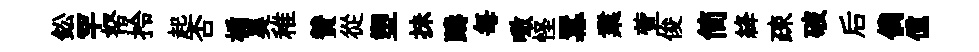
鈆罕帑拎起否楯昊稚賛從塑抺躊每噉怪羃業萱俊简絳疎破后倘儻